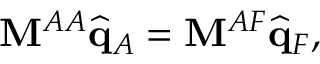
\mathbf { M } ^ { A A } \widehat { \mathbf { q } } _ { A } = \mathbf { M } ^ { A F } \widehat { \mathbf { q } } _ { F } ,